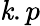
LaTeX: \mathit{k}.p